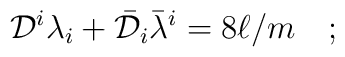
{\cal D}^i\lambda_i + \bar{\cal D}_i\bar\lambda^i = 8\ell/m\quad ;